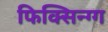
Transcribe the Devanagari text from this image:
फिक्सिन्ग्ग